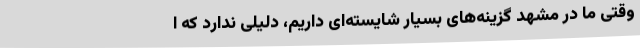
وقتی ما در مشهد گزینه‌های بسیار شایسته‌ای داریم، دلیلی ندارد که ا